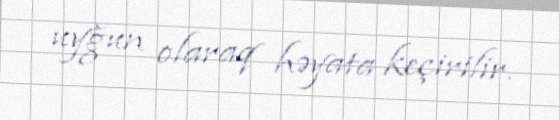
uyğun olaraq həyata keçirilir.